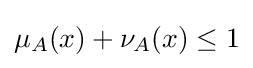
\mu _{A}(x)+\nu _{A}(x)\leq 1